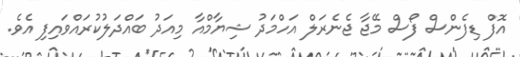
އޮފް ޑިފެންސް ފޯސް މޭޖާ ޖެނެރަލް އަހްމަދު ޝިޔާމްއާ މިއަދު ބައްދަލުކުރައްވައިފި އެވެ.